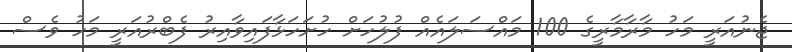
ޖެނުއަރީ މަހު މާރާމާރީގެ 100 މައްސަލައެއް ފުލުހަށް ހުށަހަޅާފައިވާއިރު ފެބްރުއަރީ މަހު ވެސް